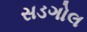
સડગોલ